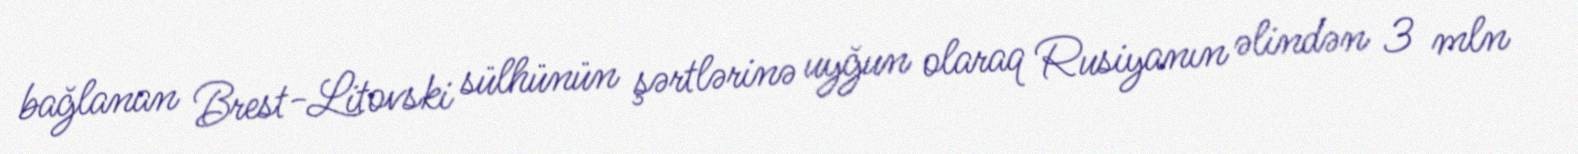
bağlanan Brest-Litovski sülhünün şərtlərinə uyğun olaraq Rusiyanın əlindən 3 mln